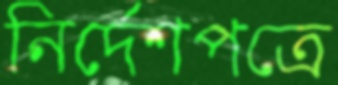
নির্দেশপত্রে